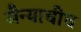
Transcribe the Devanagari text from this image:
सैन्याचीच